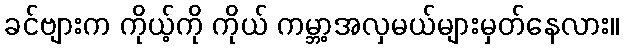
ခင်ဗျားက ကိုယ့်ကို ကိုယ် ကမ္ဘာ့အလှမယ်များမှတ်နေလား။